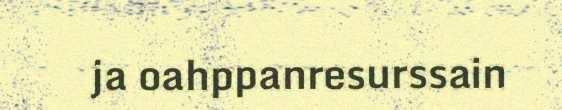
ja oahppanresurssain